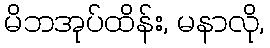
မိဘအုပ်ထိန်း, မနာလို,